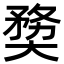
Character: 奦